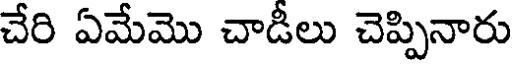
చేరి ఏమేమొ చాడీలు చెప్పినారు